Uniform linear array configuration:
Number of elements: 32
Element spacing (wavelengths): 0.25
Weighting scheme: hann
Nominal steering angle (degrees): -30
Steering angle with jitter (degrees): -31.424
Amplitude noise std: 0.05
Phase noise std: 0.05

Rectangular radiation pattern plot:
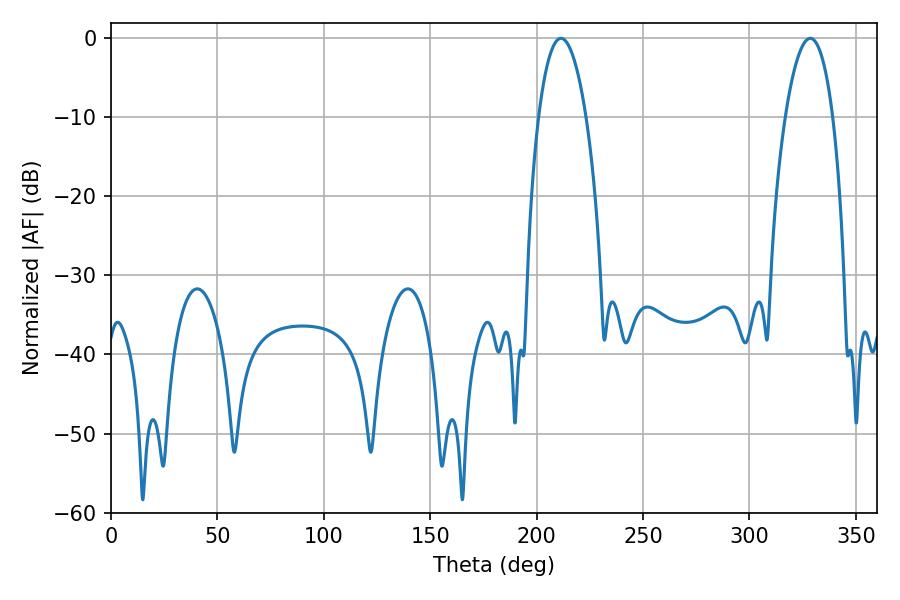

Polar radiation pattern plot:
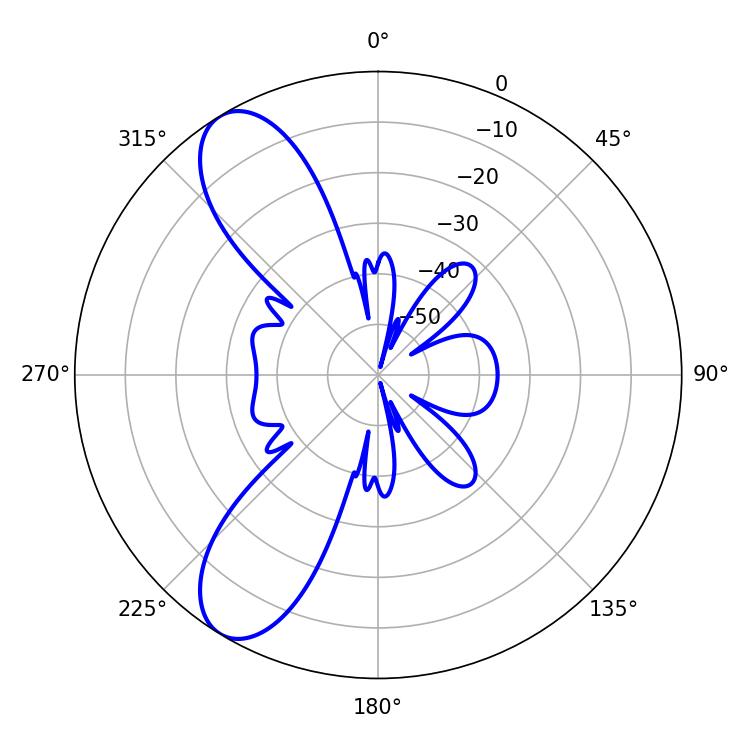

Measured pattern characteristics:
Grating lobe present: FALSE
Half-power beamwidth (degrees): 12.42
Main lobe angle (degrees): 211.5